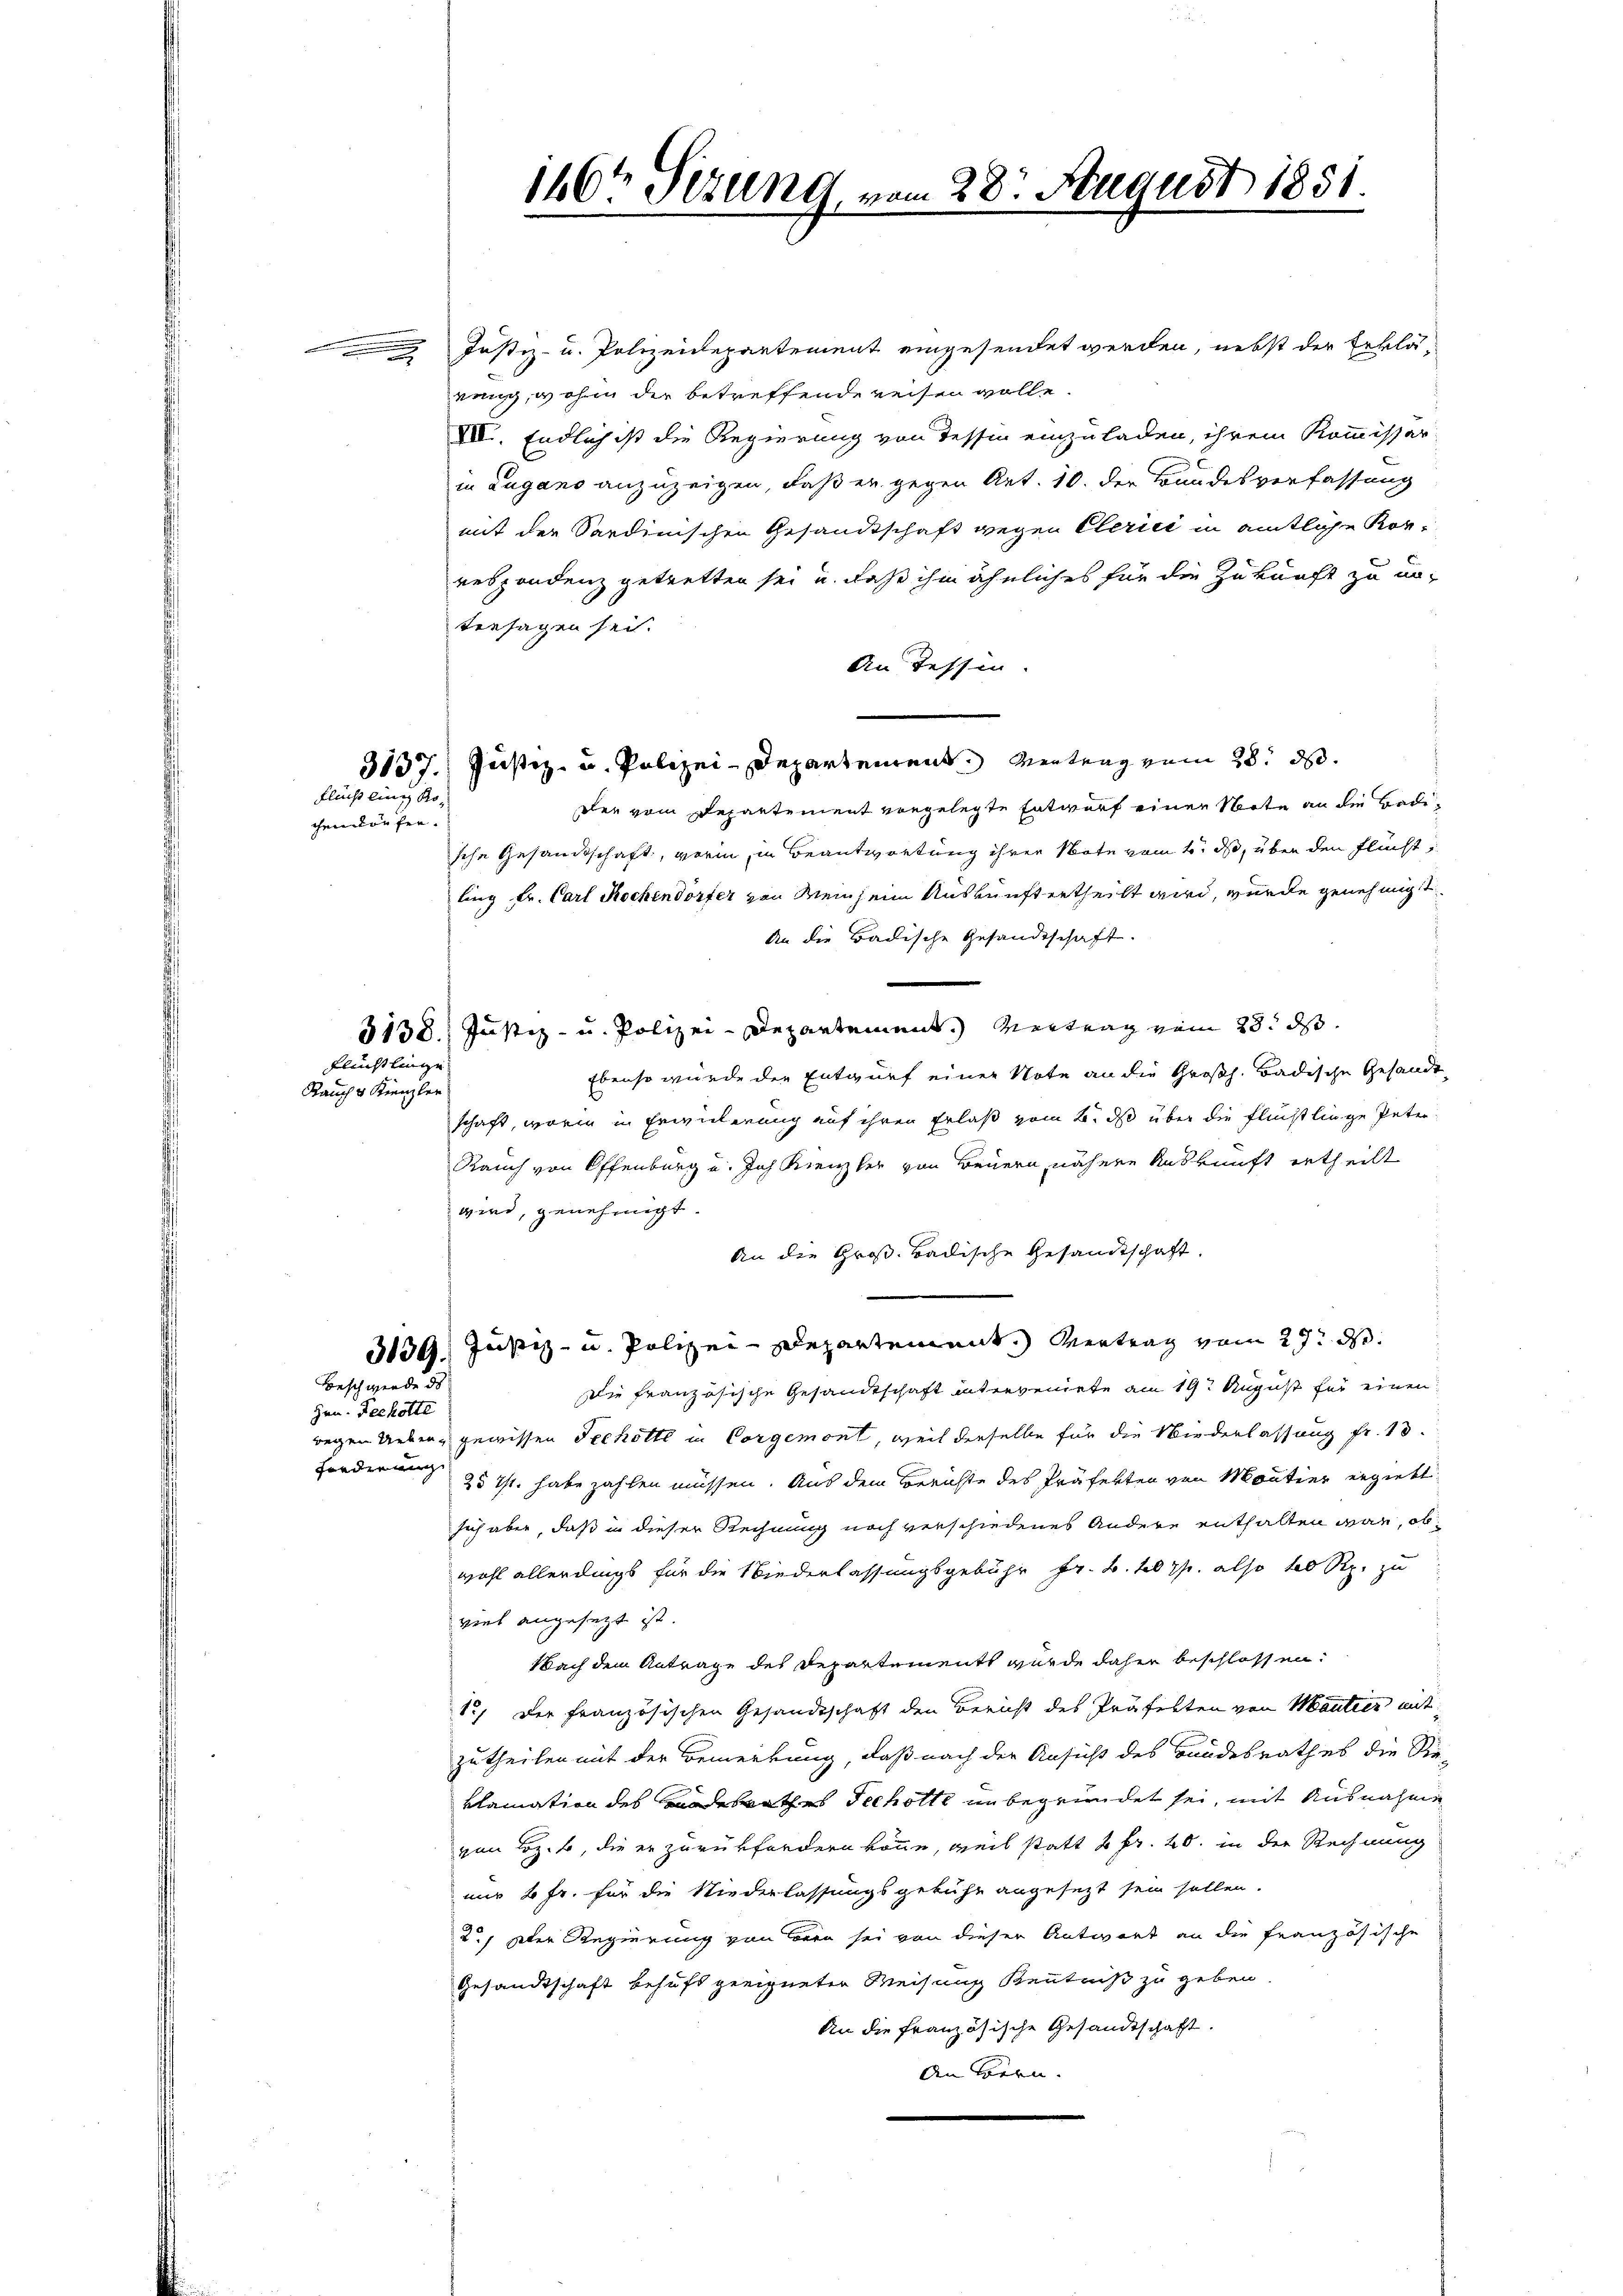
flucht ling Rochen dürfen.

Flüchtlinge

Rauch v. Krenzler

Beschwerde des

Hrn. Techotte
Forderung

3137. Justiz- u. Polizei-Departement. Wertung vom 28. ds.
den vom Departement vorgelegte Entwurf einer Note an die Badi¬

Justiz- u. Polizeidepartement eingesendet werden, nebst der Erklärung, wohin der betreffende reisen wolle.
VII. Endlich ist die Regierung von dessin einzuladen, ihrem Kommissar
in Lugano anzuzeigen, daß er gegen Art. 10. der Bundesverfassung
mit der Sardinischen Gesandtschaft wegen Clerici in amtliche Korrespondenz getretten sei, u. daß ihm ähnliches für die Zukunft zu untersagen sei.
An dessen.
sche Gesandtschaft, worin, in Beantwortung ihrer Note vom 4. ds, über den Flücht
ling Fr. Carl Kochendorfer von Meinheim Auskunft ertheilt wird, wurde genehmigt
An die Badische Gesandtschaft.
5138. Justiz- u. Polizei-Departement. Vertrag vom 28. ds.
Ebenso wurde der Entwurf einer Note an die Großh. Badische Gesandt
schaft, worin in Erwickerung auf ihren Erlaß vom 2. ds über die Flüchtlinge Peter
Rauch von Offenburg und Joh. Kienher von Bauern, nähere Auskunft ertheilt
wird, genehmigt.
An die Groß-Badische Gesandtschaft.
3139. Justiz- u. Polizei-Departement. Vertrag vom 27. d.
Die französische Gesandtschaft interveniete am 19t August für einen
wegen Ueber, gewissen Sechotte in Corgemont, weil derselbe für die Wiederlassung fr. 13.
25 Ts. habe zahlen müssen. Aus dem Berichte des Präfekten von Montier ergiebt
sich aber, daß in dieser Rechnung noch verschiedenes Andere enthalten war, ob
wohl allerdings für die Niederlassungsgebühr fr. k. k. also hab Rp. zu
viel angesetzt ist.
Nach dem Antrage des Departements wurde daher beschlossen:
12. Der französischen Gesandtschaft den Bericht des Präfekten von Mautier mit
zu theilen mit der Bemerkung, daß nach der Ansicht des Bandesrathes die Re-
klamation des Bandesrathes Secholte unbegründet sei, mit Ausnahme
von Bez. b, die er zurückfordern könne, weil statt 2 Fr. 20. in der Rechnung
nur 2 Fr. für die Niederlassungsgebühr angesezt sein sollen.
2.) Der Regierung von Bern sei von dieser Antwort an die französische
Gesandtschaft behufs geeigneten Weisung Kenntniß zu geben.
An die französische Gesandtschaft.
An Boern.

146t Sizung, vom 28. August 1851.